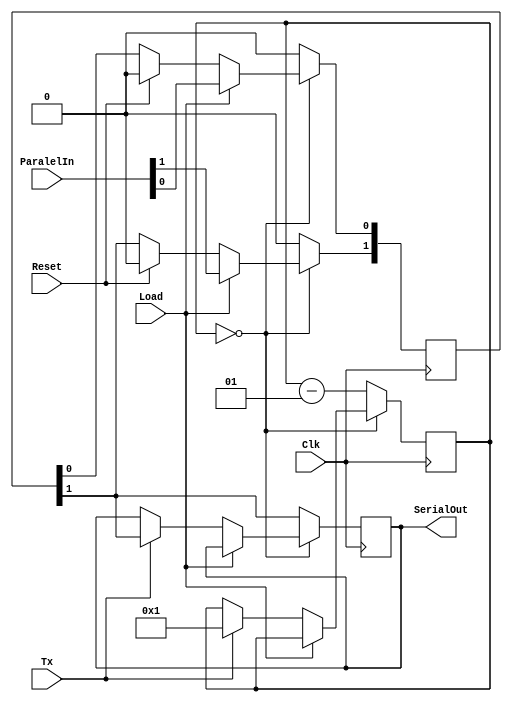
module RegisterPISO #(parameter Width = 2) 
                    (input Clk,
                     input Reset,
                     input Load,
                     input Tx,
                     input [Width-1:0] ParalelIn,
                     output reg SerialOut); 

integer RegBankPos;
integer TxOut;
reg [Width-1:0] RegBank;

always @(posedge Clk)
begin
    if( Reset)
    begin
        for(RegBankPos = 0; RegBankPos < Width; RegBankPos = RegBankPos + 1)
            begin
                RegBank[RegBankPos] <= 1'b0;
            end
    end
    if(TxOut == 0)
    begin
        if(Load)
        begin
            RegBank <= ParalelIn;
        end
        else if(Tx)
        begin
            TxOut = Width-1;
            SerialOut <= RegBank[Width-1];
        end
    end
    else
    begin
        RegBank <= {RegBank[Width-2:0], 0};
        SerialOut <= RegBank[Width-1];
        TxOut = TxOut - 1;
    end
end


endmodule